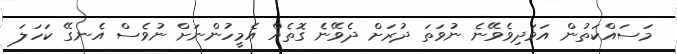
މަސައްކަތުން އަވަދިވެވޭނެ ނުވަތަ ދުރަށް ދެވޭނެ ގޮތެއް އެމީހުންނަށް ނުވެސް އެނގޭ ކަހަލަ